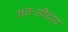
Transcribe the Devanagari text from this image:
अंतःसौंदर्य